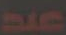
عبد